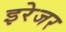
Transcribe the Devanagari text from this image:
इरेजर